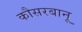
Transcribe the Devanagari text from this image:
कौसरबानू